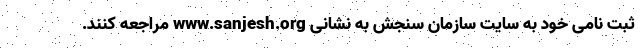
ثبت نامی خود به سایت سازمان سنجش به نشانی www.sanjesh.org مراجعه کنند.